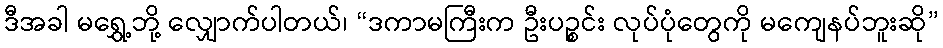
ဒီအခါ မရွှေ့ဘို့ လျှောက်ပါတယ်၊ “ဒကာမကြီးက ဦးပဉ္စင်း လုပ်ပုံတွေကို မကျေနပ်ဘူးဆို”